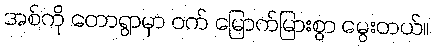
အစ်ကို တောရွာမှာ ဝက် မြောက်မြားစွာ မွေးတယ်။